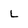
Character: L